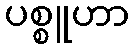
ပစ္စူဟာ